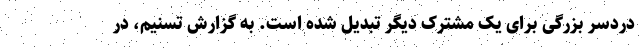
دردسر بزرگی برای یک مشترک دیگر تبدیل شده است. به گزارش تسنیم، در